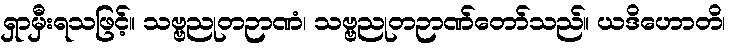
ရှာမှီးရသဖြင့်။ သဗ္ဗညုတဉာဏံ၊ သဗ္ဗညုတဉာဏ်တော်သည်။ ယဒိဟောတိ၊